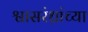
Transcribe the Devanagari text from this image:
श्वासरंध्रांच्या